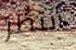
أنتظر